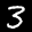
Label: 3